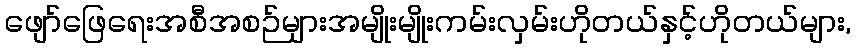
ဖျော်ဖြေရေးအစီအစဉ်များအမျိုးမျိုးကမ်းလှမ်းဟိုတယ်နှင့်ဟိုတယ်များ,